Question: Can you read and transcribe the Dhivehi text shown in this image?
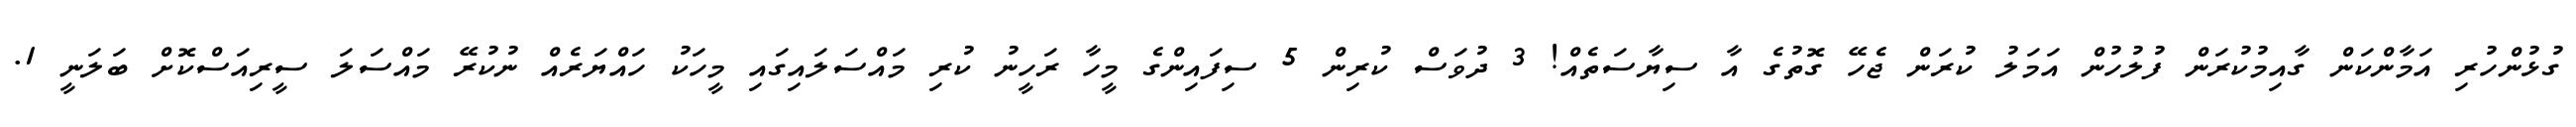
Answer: ގުޅުންހުރި އަމާންކަން ގާއިމުކުރަން ފުލުހުން އަމަލު ކުރަން ޖެހޭ ގޮތުގެ އާ ސިޔާސަތެއް! 3 ދުވަސް ކުރިން 5 ސިފައިންގެ މީހާ ރަހީނު ކުރި މައްސަލައިގައި މީހަކު ހައްޔަރެއް ނުކުރޭ މައްސަލަ ސީރިއަސްކޮށް ބަލަނީ 1.